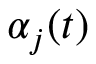
\alpha _ { j } ( t )